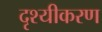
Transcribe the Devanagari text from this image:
दृश्यीकरण